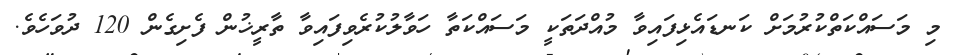
މި މަސައްކަތްކުރުމަށް ކަނޑައެޅިފައިވާ މުއްދަތަކީ މަސައްކަތާ ހަވާލުކުރެވިފައިވާ ތާރީޚުން ފެށިގެން 120 ދުވަހެވެ.